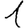
Digit: 1